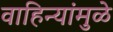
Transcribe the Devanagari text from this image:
वाहिन्यांमुळे